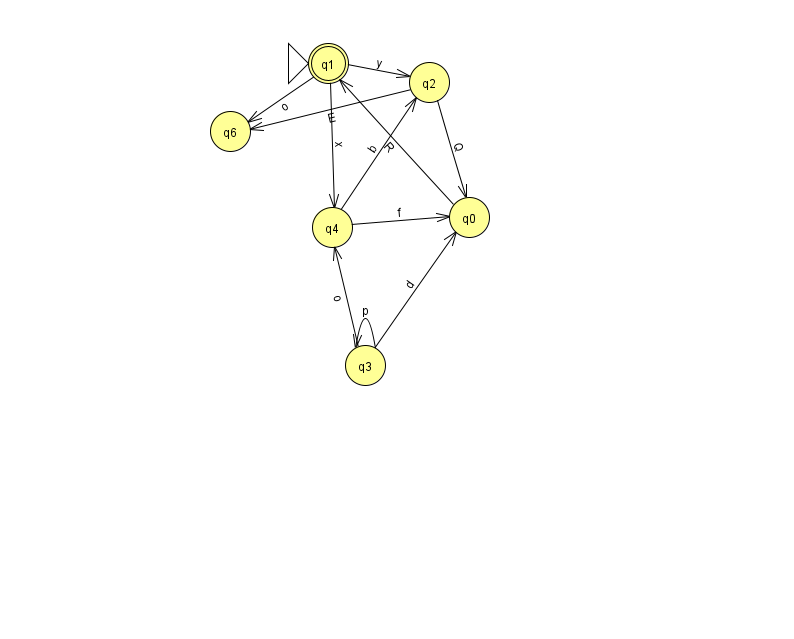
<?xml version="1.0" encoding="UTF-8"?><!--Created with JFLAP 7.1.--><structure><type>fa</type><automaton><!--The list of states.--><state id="0" name="q0"><x>469.0</x><y>204.0</y></state><state id="1" name="q1"><x>328.0</x><y>50.0</y><initial/><final/></state><state id="2" name="q2"><x>429.0</x><y>69.0</y></state><state id="3" name="q3"><x>365.0</x><y>352.0</y></state><state id="4" name="q4"><x>332.0</x><y>214.0</y></state><state id="6" name="q6"><x>230.0</x><y>118.0</y></state><!--The list of transitions.--><transition><from>3</from><to>3</to><read>p</read></transition><transition><from>3</from><to>4</to><read>o</read></transition><transition><from>1</from><to>4</to><read>x</read></transition><transition><from>0</from><to>1</to><read>R</read></transition><transition><from>3</from><to>0</to><read>d</read></transition><transition><from>4</from><to>2</to><read>b</read></transition><transition><from>1</from><to>2</to><read>y</read></transition><transition><from>2</from><to>0</to><read>Q</read></transition><transition><from>4</from><to>0</to><read>f</read></transition><transition><from>1</from><to>6</to><read>o</read></transition><transition><from>2</from><to>6</to><read>E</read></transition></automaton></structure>